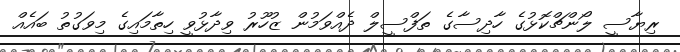
ރިޔާސީ ލޯންޗްކޮޅުގެ ހާދިސާގެ ތަފްސީލް ދެއްވަމުން ޒުހޫރު ވިދާޅުވީ ހިތާމައިގެ މިވަގުތު ބައެއް